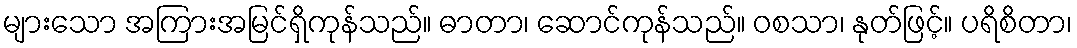
များသော အကြားအမြင်ရှိကုန်သည်။ ဓာတာ၊ ဆောင်ကုန်သည်။ ဝစသာ၊ နုတ်ဖြင့်။ ပရိစိတာ၊